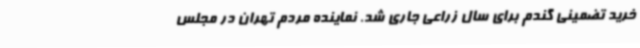
خرید تضمینی گندم برای سال زراعی جاری شد. نماینده مردم تهران در مجلس